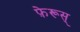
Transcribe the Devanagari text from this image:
फ़ेरूस्